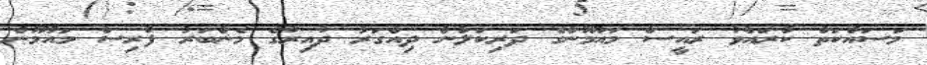
މަސައްކަތް ކުރައްވާ ރައީސް މައުމޫންގެ ދަރިކަލުން ދިއްގަރު ދާއިރާގެ މެންބަރު ފާރިސް މައުމޫން